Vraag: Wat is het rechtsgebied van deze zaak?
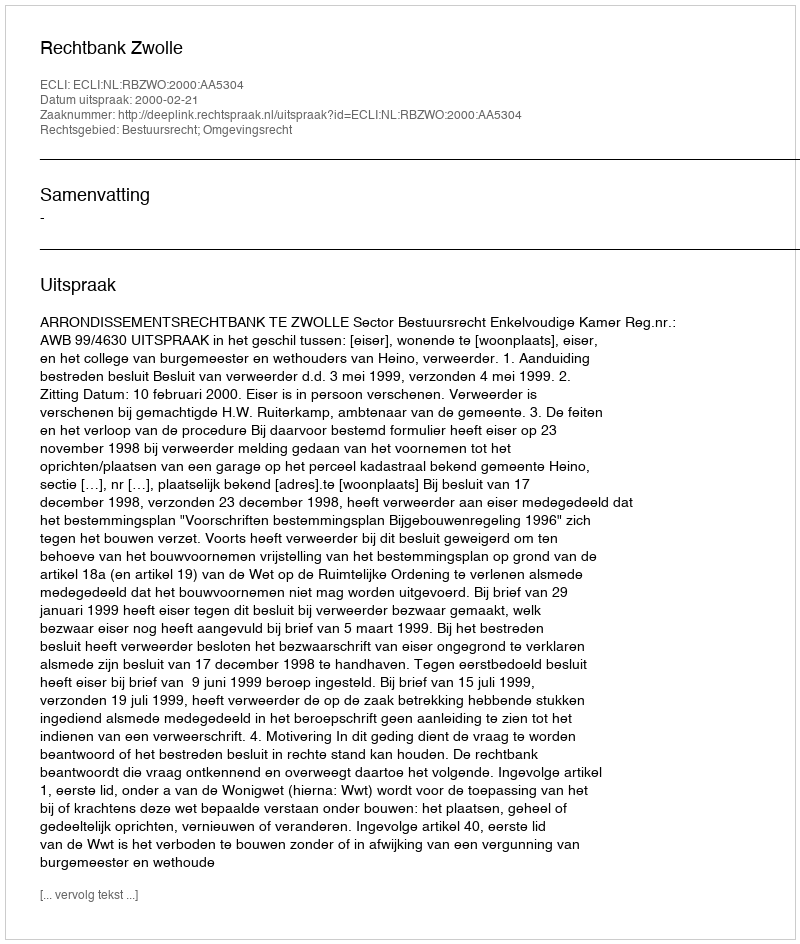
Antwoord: Bestuursrecht; Omgevingsrecht